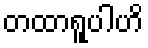
တထာရူပါဟိ